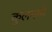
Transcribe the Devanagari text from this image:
कुलनामे